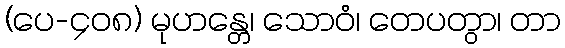
(ပေ-၄၀၈) မုဟန္တေ၊ သောဝံ၊ တေပတွာ၊ တာ